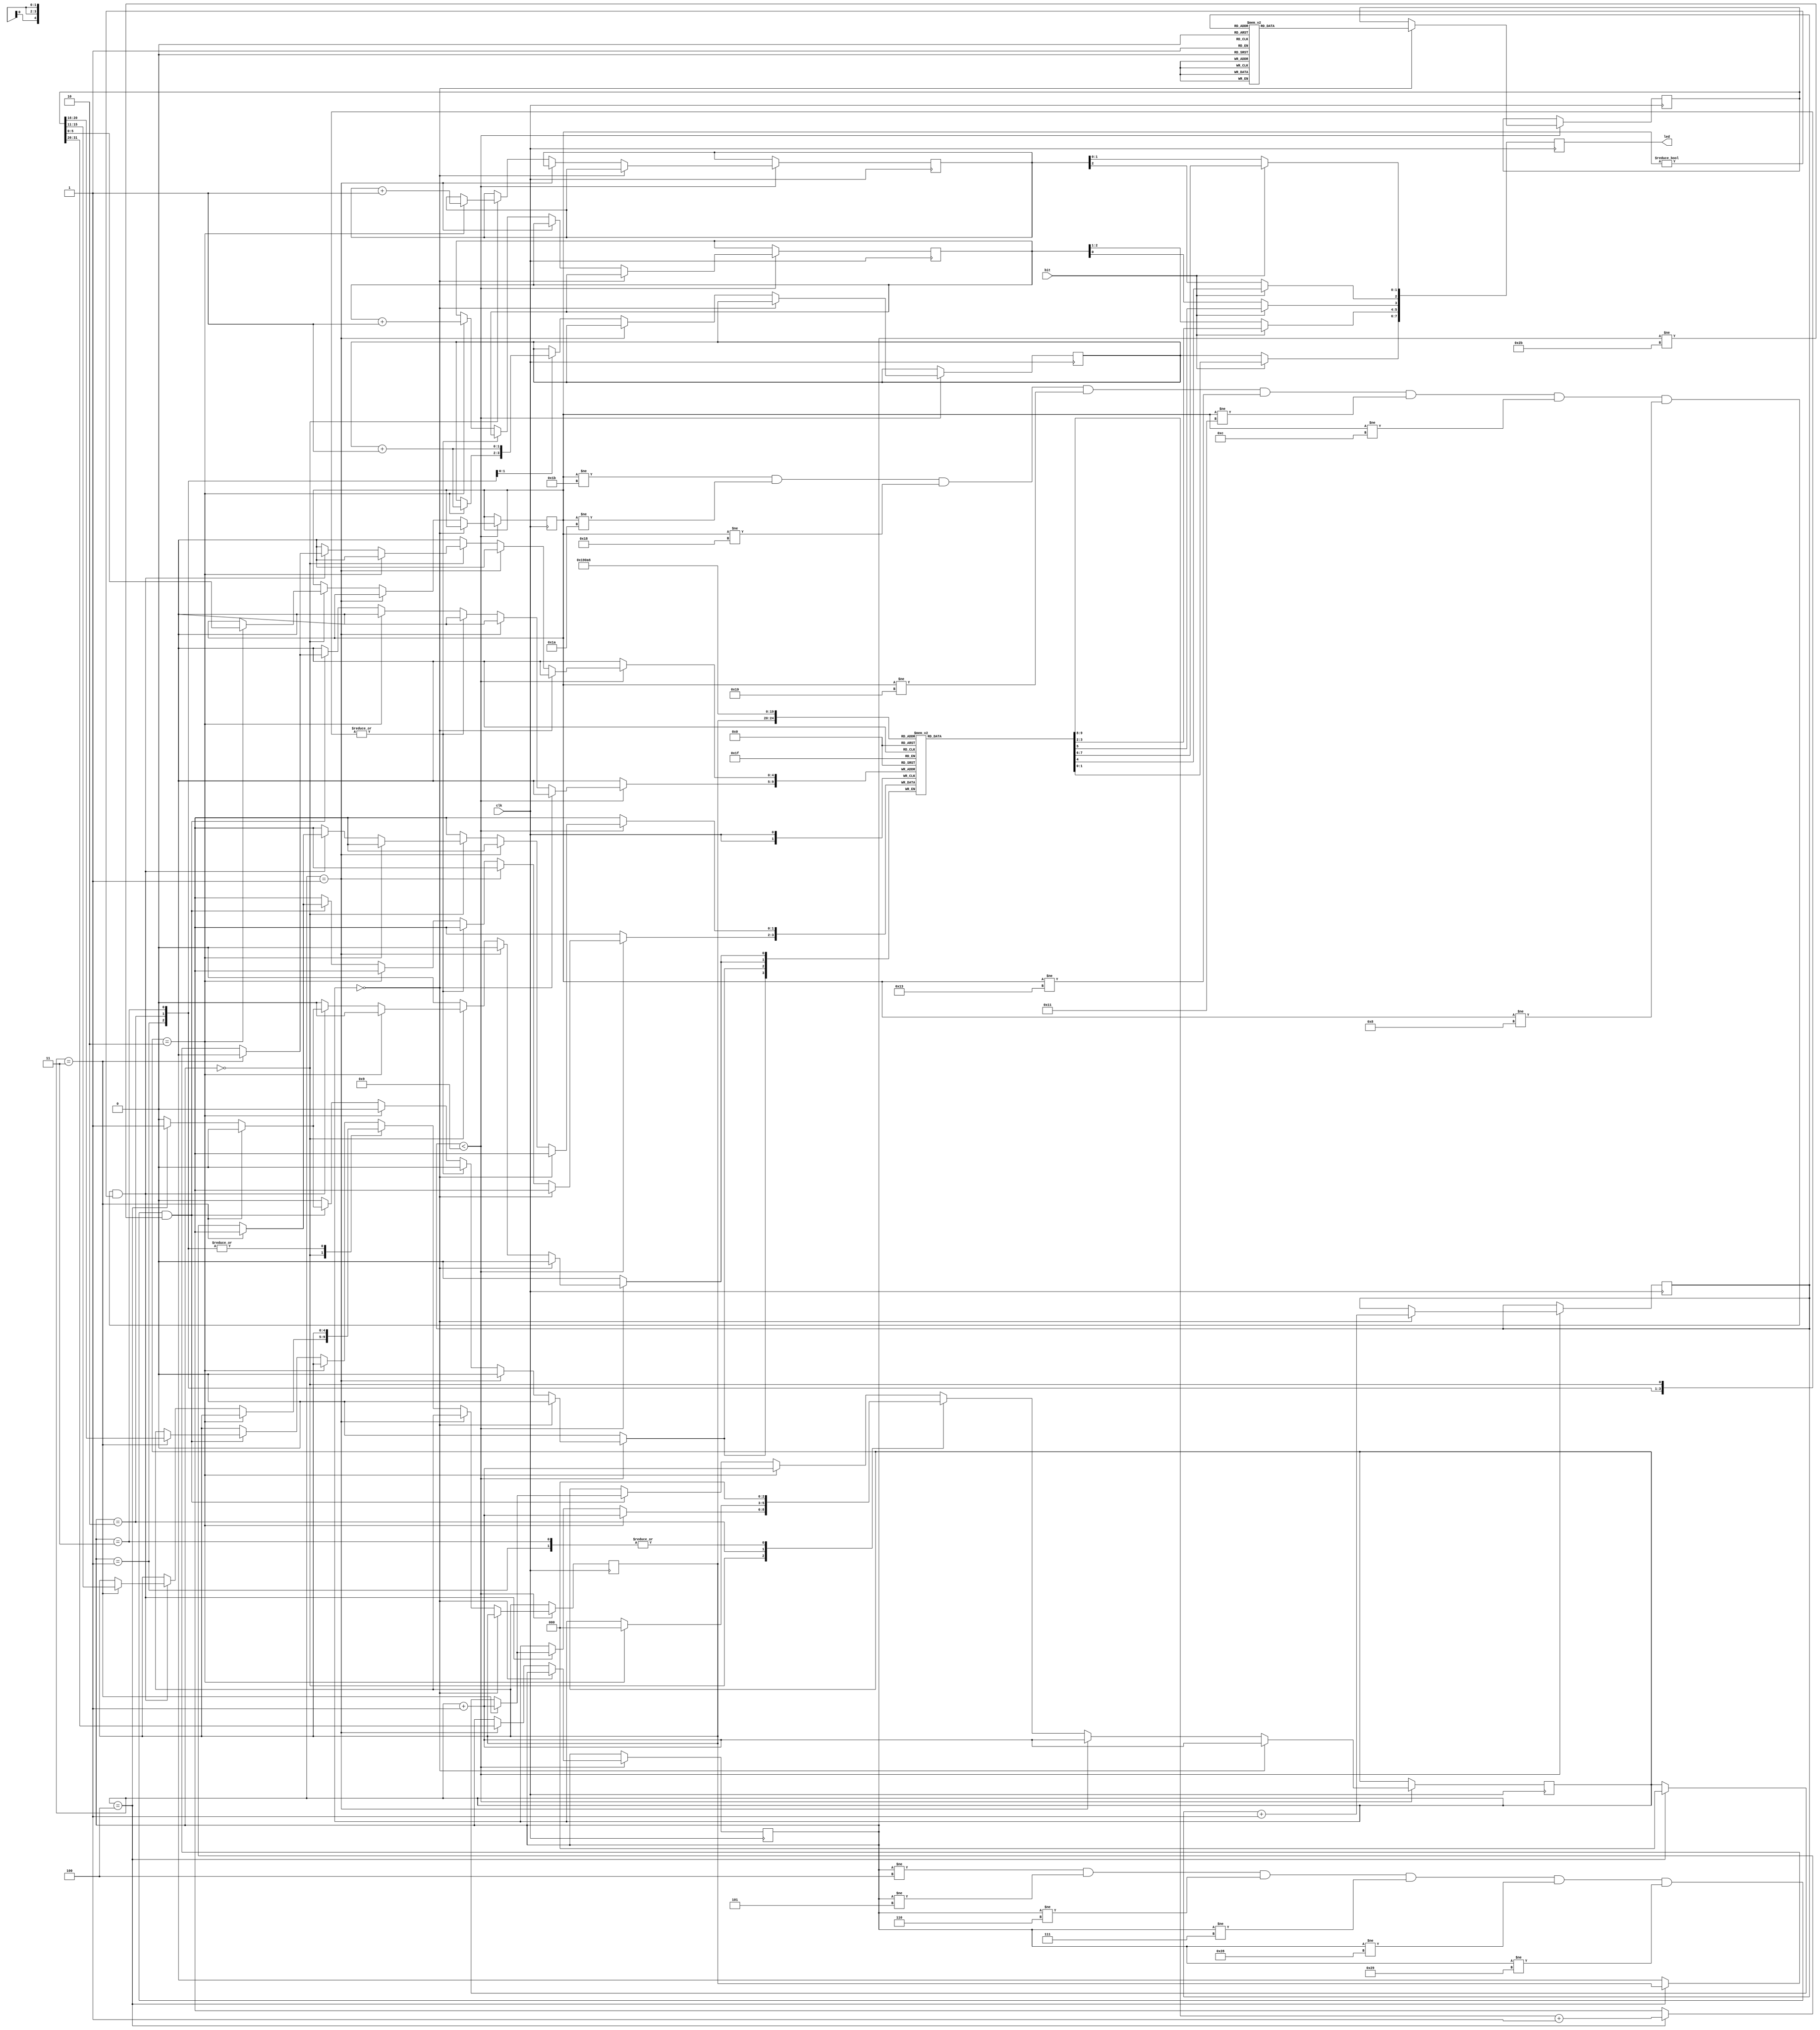
`timescale 1ns / 1ps
//////////////////////////////////////////////////////////////////////////////////
// Company: 
// Engineer: 
// 
// Design Name: 
// Module Name:    instruction_counter 
// Project Name: 
// Target Devices: 
// Tool versions: 
// Description: 
//
// Dependencies: 
//
// Revision: 
// Revision 0.01 - File Created
// Additional Comments: 
//
//////////////////////////////////////////////////////////////////////////////////
module instruction_counter(bit, clk, led
    );

    input bit, clk;
    output [7:0] led;
    reg [7:0] led;

    reg [5:0] prog_counter;
    reg [31:0] mem_block[0:63];
    reg [31:0] inst;
    reg [5:0] opcode;
    reg [5:0] func;
    reg [4:0] register;
    reg [1:0] counter[0:31];
    reg [1:0] counterj;
    reg [2:0] counteri;
    reg [2:0] counterr;
    reg [2:0] state;

    initial begin
        prog_counter = 0;
        counter[0] = 0; counter[1] = 0; counter[2] = 0; counter[3] = 0; counter[4] = 0; counter[5] = 0; counter[6] = 0; counter[7] = 0;
        counter[8] = 0; counter[9] = 0; counter[10] = 0; counter[11] = 0; counter[12] = 0; counter[13] = 0; counter[14] = 0; counter[15] = 0;
        counter[16] = 0; counter[17] = 0; counter[18] = 0; counter[19] = 0; counter[20] = 0; counter[21] = 0; counter[22] = 0; counter[23] = 0;
        counter[24] = 0; counter[25] = 0; counter[26] = 0; counter[27] = 0; counter[28] = 0; counter[29] = 0; counter[30] = 0; counter[31] = 0;
        counterj = 0; counteri = 0; counterr = 0;
        inst = 0;
        opcode = 0;
        func = 0;
        register = 0;
        led = 0;
        state = 0;
        mem_block[0] = 32'b001000_00000_00100_0011_0100_0101_0110;
		mem_block[1] = 32'b001000_00000_00101_1111_1111_1111_1111;
		mem_block[2] = 32'b000000_00101_00100_00110_00000_100000;
		mem_block[3] = 32'b001000_00000_00011_0000_0000_0000_0111;
		mem_block[4] = 32'b000000_00011_00110_00110_00000_000100;
		mem_block[5] = 32'b000000_00000_00011_00011_00001_000010;
		mem_block[6] = 32'b100011_00100_00101_1001_1010_1011_1100;
		mem_block[7] = 32'b000010_000001_0010_0011_0100_0101_0110;
        mem_block[8] = 0; mem_block[9] = 0; mem_block[10] = 0; mem_block[11] = 0; mem_block[12] = 0;
        mem_block[13] = 0; mem_block[14] = 0; mem_block[15] = 0; mem_block[16] = 0; mem_block[17] = 0;
        mem_block[18] = 0; mem_block[19] = 0; mem_block[20] = 0; mem_block[21] = 0; mem_block[22] = 0;
        mem_block[23] = 0; mem_block[24] = 0; mem_block[25] = 0; mem_block[26] = 0; mem_block[27] = 0;
        mem_block[28] = 0; mem_block[29] = 0; mem_block[30] = 0; mem_block[31] = 0; mem_block[32] = 0;
        mem_block[33] = 0; mem_block[34] = 0; mem_block[35] = 0; mem_block[36] = 0; mem_block[37] = 0;
        mem_block[38] = 0; mem_block[39] = 0; mem_block[40] = 0; mem_block[41] = 0; mem_block[42] = 0;
        mem_block[43] = 0; mem_block[44] = 0; mem_block[45] = 0; mem_block[46] = 0; mem_block[47] = 0;
        mem_block[48] = 0; mem_block[49] = 0; mem_block[50] = 0; mem_block[51] = 0; mem_block[52] = 0;
        mem_block[53] = 0; mem_block[54] = 0; mem_block[55] = 0; mem_block[56] = 0; mem_block[57] = 0;
        mem_block[58] = 0; mem_block[59] = 0; mem_block[60] = 0; mem_block[61] = 0; mem_block[62] = 0;
        mem_block[63] = 0;
    end

    always@(posedge clk) begin
        
        if(prog_counter < 9) begin
            if(state == 0) begin
                inst <= mem_block[prog_counter];
                state <= state + 1;
		prog_counter <= prog_counter + 1; 
            end
            else if(state == 1) begin
                opcode <= inst[31:26];
                state <= state + 1;
            end
				else begin
            case(opcode)
                
                6'b000000: begin
                    if(state == 2) begin
                        counterr <= counterr + 1;
                        func <= inst[5:0];
                        state <= state + 1;
                    end
                    else if((func != 6'b011011) && (func != 6'b011010) && (func != 6'b011000) && (func != 6'b011001) && (func != 6'b010011) && (func != 6'b010001) && (func != 6'b001100) && (func != 6'b001000) && (func != 6'b000000)) begin
                        if(state == 3) begin
                            register <= inst[15:11];
                            state <= state + 1;
                        end
                        else if(state == 4) begin
                            counter[register] <= counter[register] + 1;
                            state <= 0;
                        end
                    end
                end

                6'b000001: begin
                    state <= 0;
                end

                6'b000010: begin
						  if(state == 2) begin
                    counterj <= counterj + 1;
                    state <= 0;
						  end
                end

                6'b000011: begin
                    counterj <= counterj + 1;
                    state <= 0;
                end

                default: begin
                    if(state == 2) begin
                        counteri <= counteri + 1;
                        state <= state + 1;
                    end
                    else if((opcode != 6'b000100) && (opcode != 6'b000101) && (opcode != 6'b000110) && (opcode != 6'b000111) && (opcode != 6'b101000) && (opcode != 6'b101001) && (opcode != 6'b101011)) begin
                    if(state == 3) begin
                        register <= inst[20:16];
                        state <= state + 1;
                    end
                    else if(state == 4) begin
                        counter[register] <= counter[register] + 1;
                        state <= 0;
                    end
                    end
                end
                    
            endcase
				end
        end
    end

        always@(posedge clk) begin
            if(bit == 1'b0) begin
                led[2:0] <= counterr;
                led[5:3] <= counteri;
                led[7:6] <= counterj;
            end
            else begin
                led[1:0] <= counter[5'b00011];
                led[3:2] <= counter[5'b00100];
                led[5:4] <= counter[5'b00101];
                led[7:6] <= counter[6'b00110];
            end
        end
endmodule